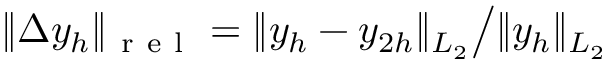
\| \Delta y _ { h } \| _ { \mathrm { ~ r ~ e ~ l ~ } } = { \| y _ { h } - y _ { 2 h } \| _ { L _ { 2 } } } \big / { \| y _ { h } \| _ { L _ { 2 } } }